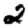
Digit: 2